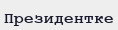
Президентке